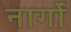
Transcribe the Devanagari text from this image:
नार्गों